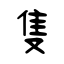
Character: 隻